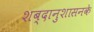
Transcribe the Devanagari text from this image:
शब्दानुशासनके